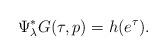
LaTeX: \begin{align*}\Psi_{\lambda}^*G(\tau,p) = h(e^{\tau}).\end{align*}